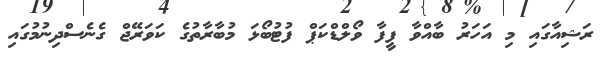
ރަޝިއާގައި މި އަހަރު ބާއްވާ ފީފާ ވޯލްޑްކަޕް ފުޓުބޯޅަ މުބާރާތުގެ ކަވަރޭޖް ގެނެސްދިނުމުގައި